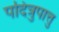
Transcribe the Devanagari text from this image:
पदित्रुपात्तु